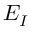
{ \cal E } _ { I }